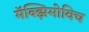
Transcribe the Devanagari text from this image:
मॅक्झिमोविच